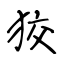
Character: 狡